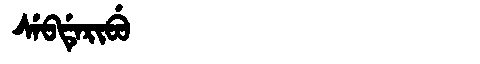
Manchu: ᠰᡝᠪᡩᡝᡵᡳᠪᡠ
Romanization: SEBDERIBU